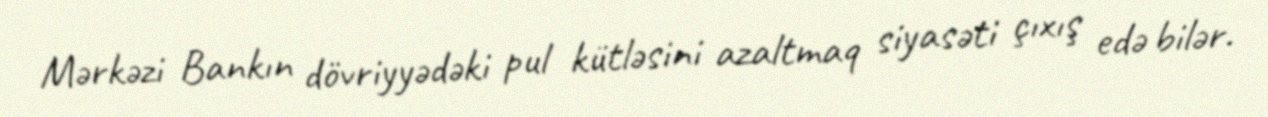
Mərkəzi Bankın dövriyyədəki pul kütləsini azaltmaq siyasəti çıxış edə bilər.